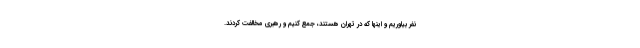
نفر بیاوریم و اینها که در تهران هستند، جمع کنیم و رهبری مخالفت کردند.